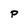
Character: P